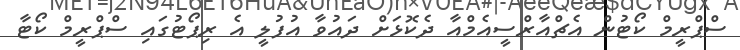
ސްޕްރީމް ކޯޓުން އެޗްއާރްސީއެމްއާ ދެކޮޅަށް ދައުވާ އުފުލީ އެ ރިޕޯޓުގައި ސްޕްރީމް ކޯޓާ